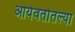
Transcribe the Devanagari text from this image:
आर्यवर्तातल्या